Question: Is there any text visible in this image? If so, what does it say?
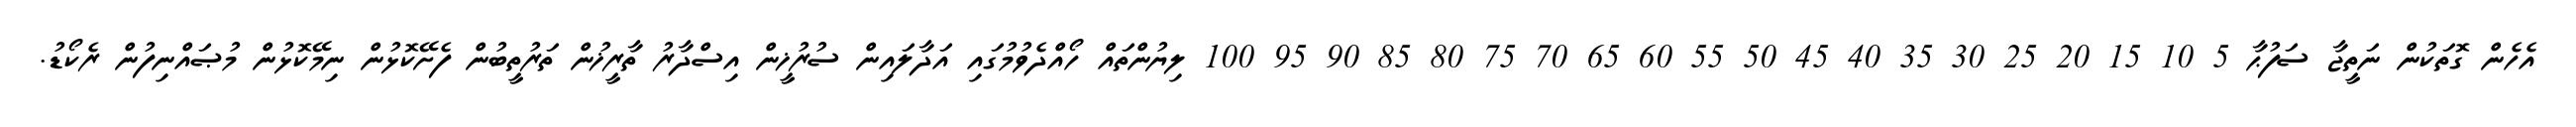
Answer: އެހެން ގޮތަކުން ނަތީޖާ ސަފުޙާ 5 10 15 20 25 30 35 40 45 50 55 60 65 70 75 80 85 90 95 100 ލިޔުންތައް ހޯއްދެވުމުގައި އަދާލައިން ސުރުޚީން އިސްދާރު ތާރީޚުން ތަރުތީބުން ފެށޭކޮޅުން ނިމޭކޮޅުން މުޞައްނިފުން ރެކޯޑު.